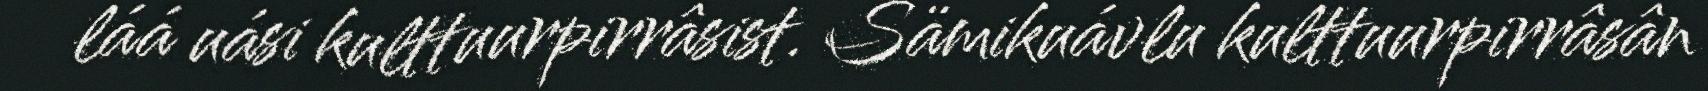
láá uási kulttuurpirrâsist. Sämikuávlu kulttuurpirrâsân